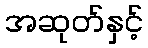
အဆုတ်နှင့်